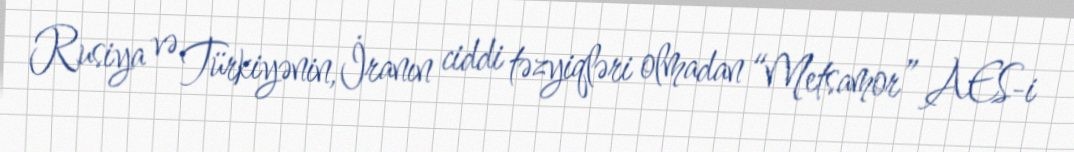
Rusiya və Türkiyənin, İranın ciddi təzyiqləri olmadan “Metsamor” AES-i